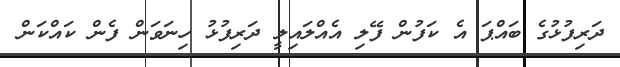
ދަރިފުޅުގެ ބައްޕަ އެ ކަފުން ފޭލި އެއްލައިލީ ދަރިފުޅު ހިނަވަން ފެން ކައްކަން